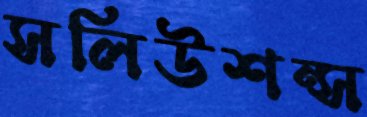
সলিউশন্স